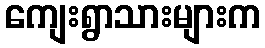
ကျေးရွာသားများက